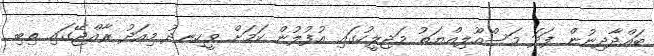
ބައްދާދިނުން ފަދަ މަސްއޫލިއްޔަތު މަޖިލީހުގައި އުފުލުން ކަމަށް ވީހިނދު މިއަދު ރާއްޖޭގައި ތިބި